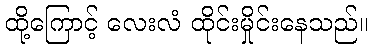
ထို့ကြောင့် လေးလံ ထိုင်းမှိုင်းနေသည်။